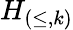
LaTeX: H_{(\leq,k)}